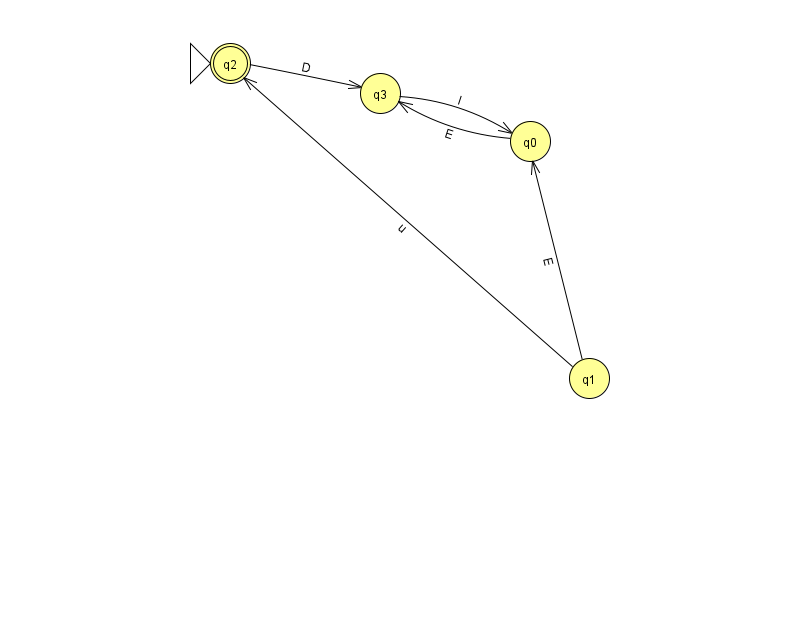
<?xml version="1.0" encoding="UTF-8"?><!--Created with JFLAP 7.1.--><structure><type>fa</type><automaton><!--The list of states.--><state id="0" name="q0"><x>530.0</x><y>128.0</y></state><state id="1" name="q1"><x>589.0</x><y>365.0</y></state><state id="2" name="q2"><x>230.0</x><y>50.0</y><initial/><final/></state><state id="3" name="q3"><x>380.0</x><y>80.0</y></state><!--The list of transitions.--><transition><from>1</from><to>0</to><read>E</read></transition><transition><from>0</from><to>3</to><read>E</read></transition><transition><from>1</from><to>2</to><read>u</read></transition><transition><from>3</from><to>0</to><read>l</read></transition><transition><from>2</from><to>3</to><read>D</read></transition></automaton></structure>